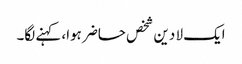
ایک لا دین شخص حاضر ہوا، کہنے لگا۔